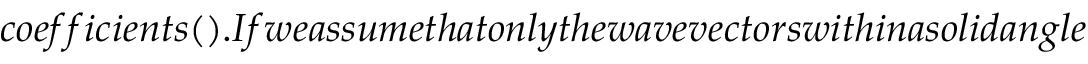
c o e f f i c i e n t s ( ) . I f w e a s s u m e t h a t o n l y t h e w a v e v e c t o r s w i t h i n a s o l i d a n g l e